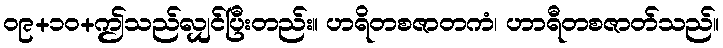
၀၉+၁၀+ဤသည်လျှင်ပြီးတည်း။ ဟရိတစဇာတကံ၊ ဟာရီတစဇာတ်သည်။